Source: Handwritten
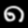
Digit: ၈ (8)